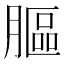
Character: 膒